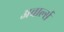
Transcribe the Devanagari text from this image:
अचार्ल्स